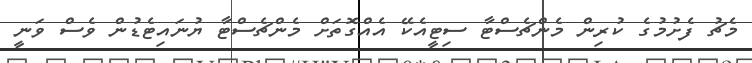
މެޗު ފެށުމުގެ ކުރިން މެންޗެސްޓާ ސިޓީއެކޭ އެއްގޮތަށް މެންޗެސްޓާ ޔުނައިޓެޑުން ވެސް ވަނީ